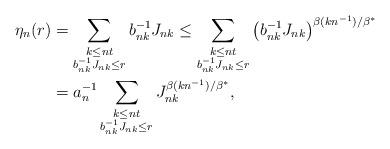
LaTeX: \begin{align*}\eta_n(r)&=\sum_{\substack{k\le nt\\b_{nk}^{-1}J_{nk}\le r}}b_{nk}^{-1}J_{nk}\le\sum_{\substack{k\le nt\\b_{nk}^{-1}J_{nk}\le r}}\left(b_{nk}^{-1}J_{nk}\right)^{\beta(kn^{-1})/\beta^*}\\&=a_n^{-1}\sum_{\substack{k\le nt\\b_{nk}^{-1}J_{nk}\le r}}J_{nk}^{\beta(kn^{-1})/\beta^*},\end{align*}